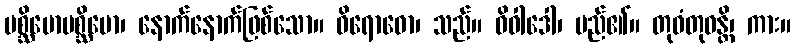
ပစ္ဆိမောပစ္ဆိမော၊ နောက်နောက်ဖြစ်သော။ ဝိရောဓော၊ သည်။ ဝိဝါဒေါ၊ မည်၏။ တုဝံတုဝန္တိ၊ ကား။